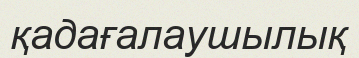
қадағалаушылық